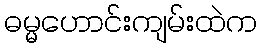
ဓမ္မဟောင်းကျမ်းထဲက